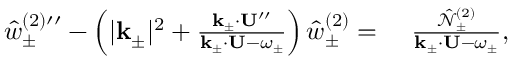
\begin{array} { r l } { { \hat { w } _ { \pm } ^ { ( 2 ) \prime \prime } } - \left( | \mathbf { k } _ { \pm } | ^ { 2 } + \frac { \mathbf { k } _ { \pm } \cdot \mathbf { U } ^ { \prime \prime } } { \mathbf { k } _ { \pm } \cdot \mathbf { U } - \omega _ { \pm } } \right) \hat { w } _ { \pm } ^ { ( 2 ) } = ~ } & { \frac { \hat { \mathcal { N } } _ { \pm } ^ { ( 2 ) } } { \mathbf { k } _ { \pm } \cdot \mathbf { U } - \omega _ { \pm } } , } \end{array}